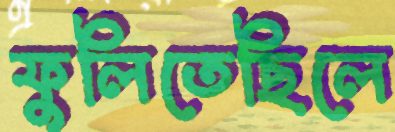
ফুলিতেছিলে